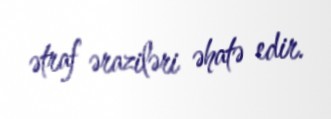
ətraf əraziləri əhatə edir.